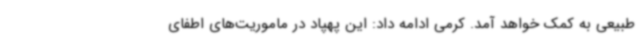
طبیعی به کمک خواهد آمد. کرمی ادامه داد: این پهپاد در ماموریت‌های اطفای